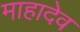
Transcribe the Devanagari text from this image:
माहादेव